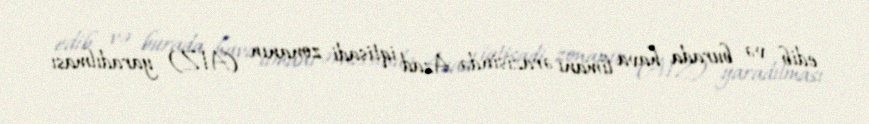
edib və burada hava limanı ərazisində Azad iqtisadi zonanın (AİZ) yaradılması